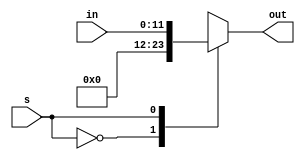
`timescale 1ns / 1ps
//////////////////////////////////////////////////////////////////////////////////
// Company: 
// Engineer: 
// 
// Design Name: 
// Module Name: mux12bit
// Project Name: 
// Target Devices: 
// Tool Versions: 
// Description: 
// 
// Dependencies: 
// 
// Revision:
// Revision 0.01 - File Created
// Additional Comments:
// 
//////////////////////////////////////////////////////////////////////////////////


module mux12bit(out,in,s);
input [11:0] in;
input s;
output reg [11:0] out;

always @(*)
begin
    case(s)
        1'b0 : out <= 12'b0;
        1'b1 : out <= in;
    endcase
end
endmodule